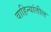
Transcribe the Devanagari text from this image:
वाहिन्यांतील